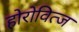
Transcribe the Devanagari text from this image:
होरोवित्ज